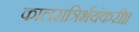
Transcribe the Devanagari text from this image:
कालरात्रिर्भयंकरी॥